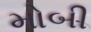
મોબી